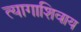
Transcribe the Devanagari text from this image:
त्यागाशिवाय